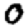
Digit: 0